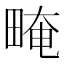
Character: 㽢